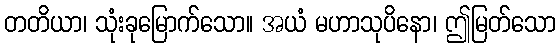
တတိယာ၊ သုံးခုမြောက်သော။ အယံ မဟာသုပိနော၊ ဤမြတ်သော